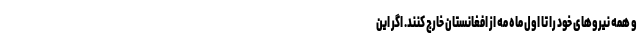
و همه نیروهای خود را تا اول ماه مه از افغانستان خارج کنند. اگر این